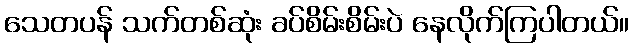
သေတပန် သက်တစ်ဆုံး ခပ်စိမ်းစိမ်းပဲ နေလိုက်ကြပါတယ်။